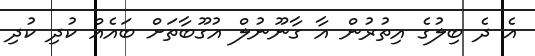
އެ ދެ ބިލުގެ އިތުރުން އާ ގާނޫނުލް އުގޫބާތަށް ބައެއް ކުދި ކުދި